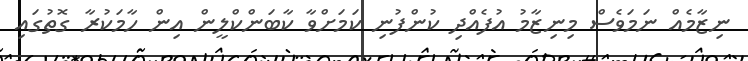
ނިޒާމެއް ނަމަވެސް މިނިޒާމު އުފެއްދި ކުންފުނި ކަމަށްވާ ކާބަންކްލީން އިން ހާމަކުރާ ގޮތުގައި